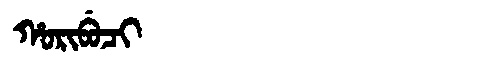
Manchu: ᡥᠣᡵᡳᠪᡠᠴᡳ
Romanization: HORIBUCI